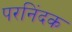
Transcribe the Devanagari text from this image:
परनिंदक